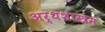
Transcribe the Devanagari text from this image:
अर्थशास्त्रम